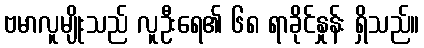
ဗမာလူမျိုးသည် လူဦးရေ၏ ၆၈ ရာခိုင်နှုန်း ရှိသည်။